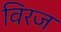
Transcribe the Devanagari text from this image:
विरज